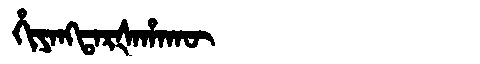
Manchu: ᡥᡳᠶᠠᠩᡨᠠᡵᡧᠠᡥᠠᡴᡡ
Romanization: HIYANGTARŠAHAKŪ